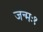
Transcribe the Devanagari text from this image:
जन्मः१